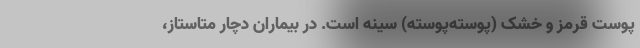
پوست قرمز و خشک (پوسته‌پوسته) سینه است. در بیماران دچار متاستاز،